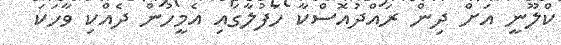
ކްލޫނީ އަށް ދިން ރައްދުއޮސްކާ ހަފުލާގައި އެމީހުން ދެއްކި ވާހަކަ